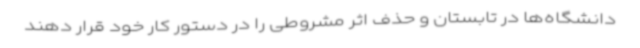
دانشگاه‌ها در تابستان و حذف اثر مشروطی را در دستور کار خود قرار دهند